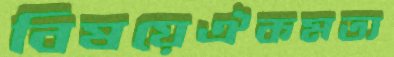
বিষয়েঐকমত্য